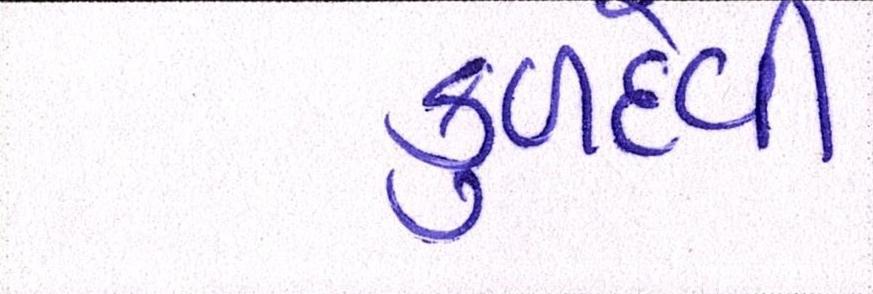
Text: કુળદેવી